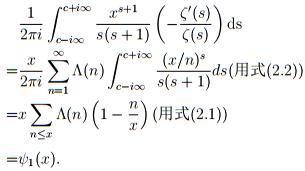
\begin{align*}
&\frac{1}{2\pi i}\int_{c - i\infty}^{c + i\infty}\frac{x^{s + 1}}{s(s + 1)}\left(-\frac{\zeta'(s)}{\zeta(s)}\right)\mathrm{d}s\\
=&\frac{x}{2\pi i}\sum_{n = 1}^{\infty}\Lambda(n)\int_{c - i\infty}^{c + i\infty}\frac{(x / n)^s}{s(s + 1)}\mathrm{d}s(\text{用式}(2.2))\\
=&x\sum_{n\leq x}\Lambda(n)\left(1 - \frac{n}{x}\right)(\text{用式}(2.1))\\
=&\psi_1(x).
\end{align*}